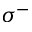
\sigma ^ { - }